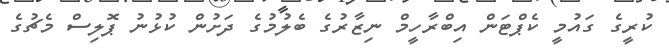
ކުރީގެ ގައުމީ ކެޕްޓަން އިބްރާހީމް ނިޒާރުގެ ބެލުމުގެ ދަށުން ކުޅުނު ޕޮލިސް މެޗުގެ